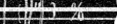
٤٤